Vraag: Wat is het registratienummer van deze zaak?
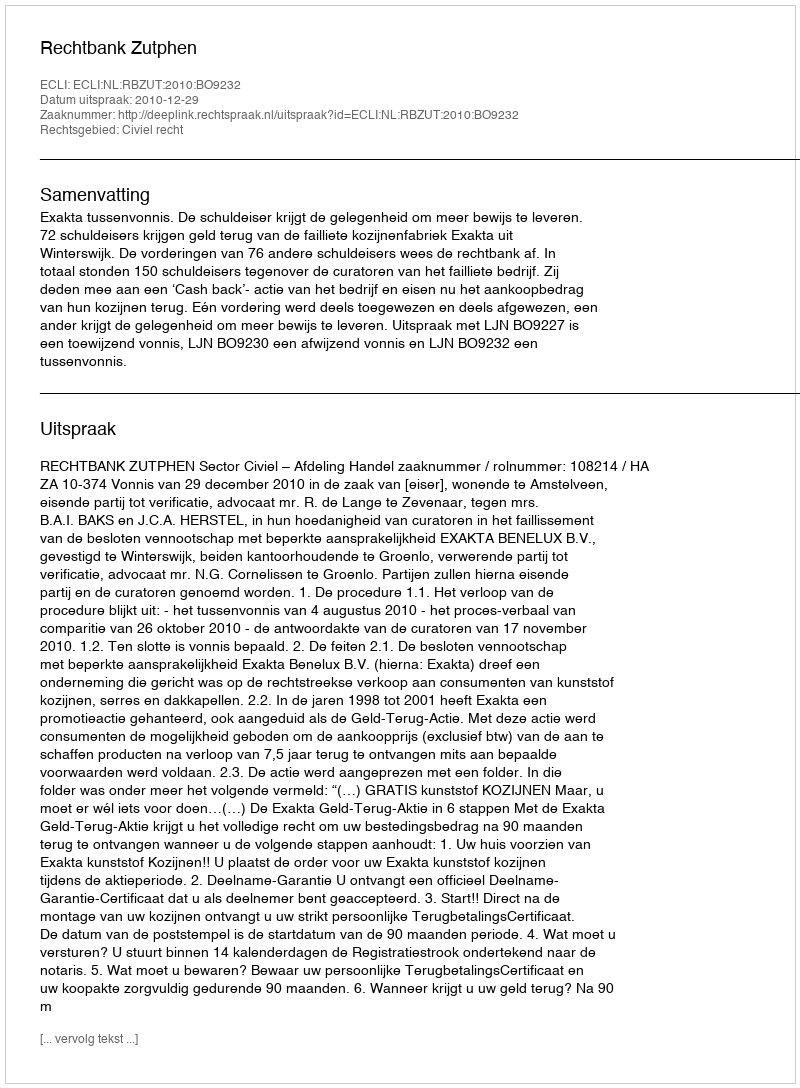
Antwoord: http://deeplink.rechtspraak.nl/uitspraak?id=ECLI:NL:RBZUT:2010:BO9232